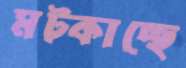
মট্‌কাচ্ছে